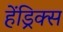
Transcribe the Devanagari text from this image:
हेंड्रिक्‍स